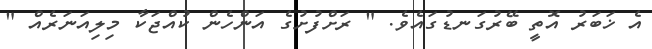
އެ ޚަބަރު އޮތީ ބޭރުގަނޑުގައެވެ. " ރަށްފުށުގެ އަންހެން ކުއްޖަކާ މިލިއަނަރެއް "